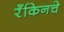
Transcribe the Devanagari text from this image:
रँकिनचे